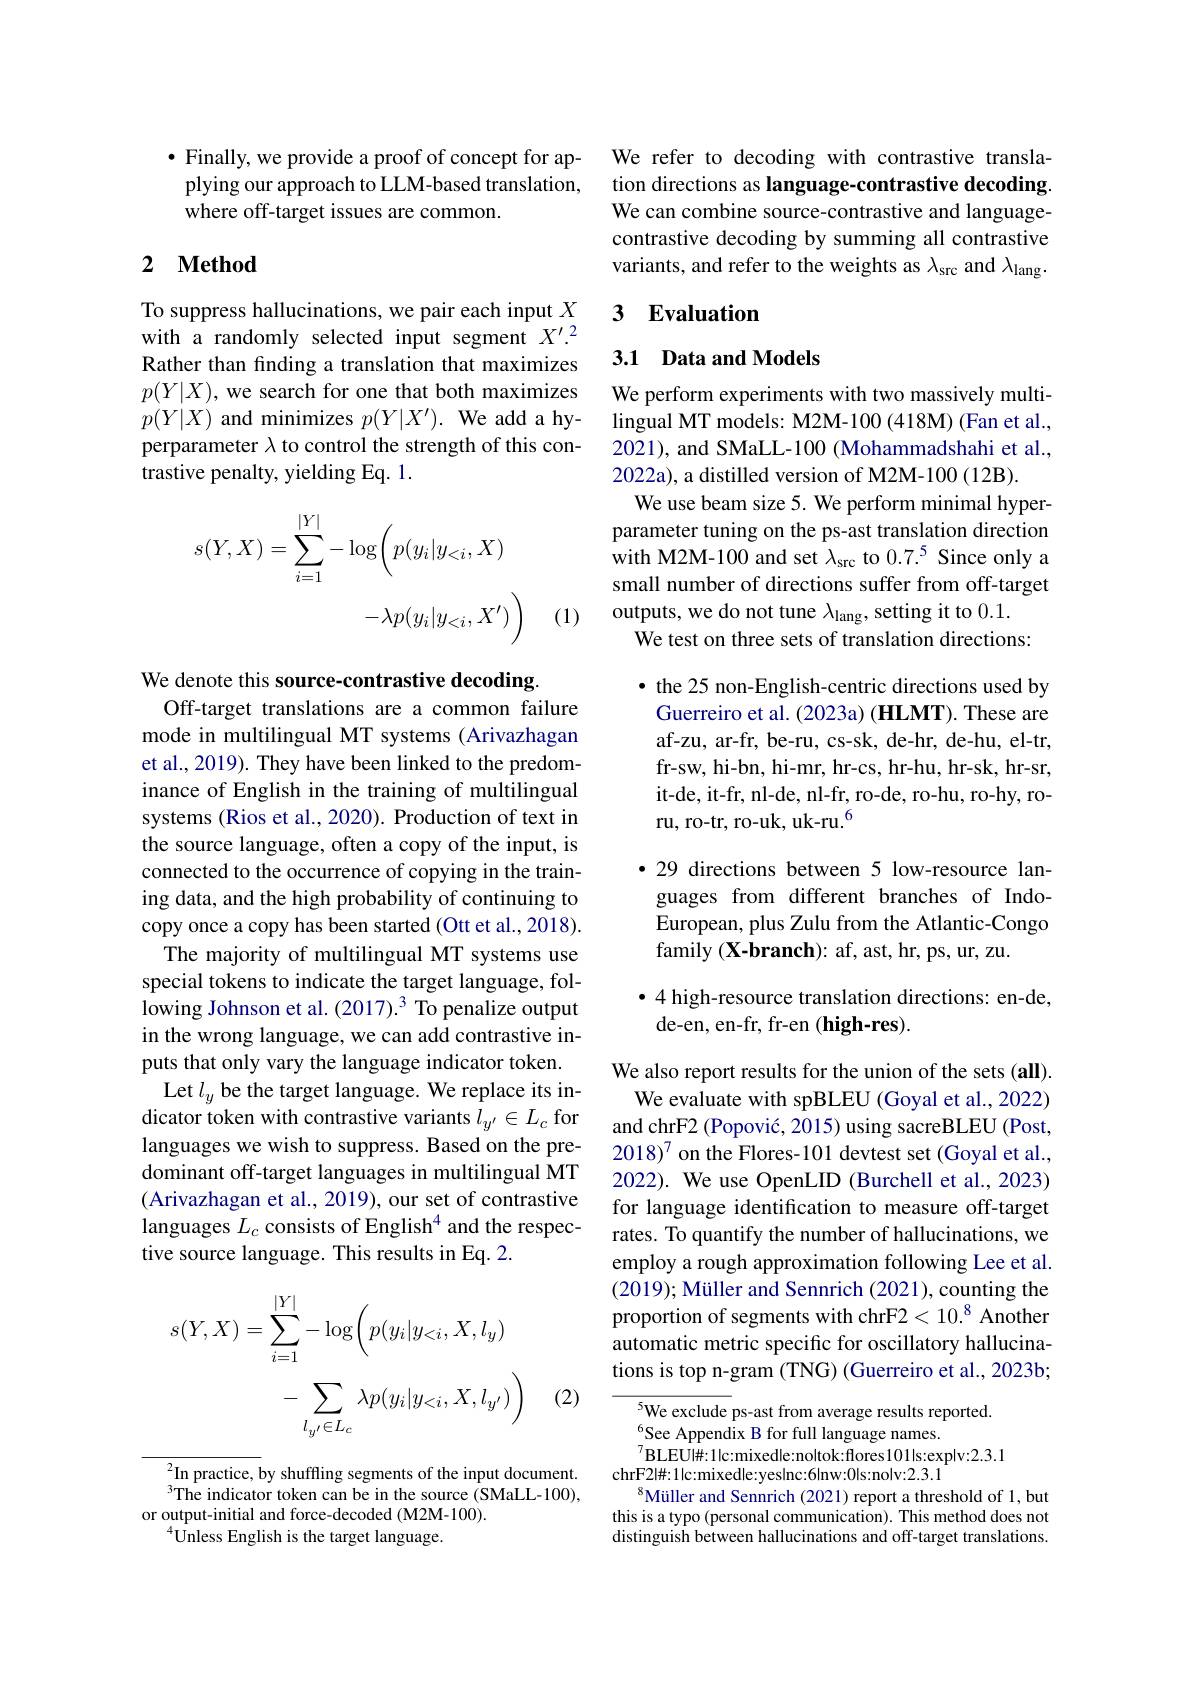
$\bullet$ Finally, we provide a proof of concept for applying our approach to LLM-based translation, where off-target issues are common.

## 2 Method

To suppress hallucinations, we pair each input $X$ with a randomly selected input segment $X^\prime.^2$ Rather than finding a translation that maximizes $p(Y|X)$, we search for one that both maximizes $p(Y|X)$ and minimizes $p( Y| X^\prime ) . \textbf{We add a hy- }$ perparameter $\lambda$ to control the strength of this contrastive penalty, yielding Eq. 1.
$$\begin{aligned}s(Y,X)&=\sum_{i=1}^{|Y|}-\log\biggl(p(y_{i}|y_{<i},X)\\&-\lambda p(y_{i}|y_{<i},X^{\prime})\biggr)\end{aligned}$$
(1)

We denote this source-contrastive decoding.
Off-target translations are a common failure mode in multilingual MT systems (Arivazhagan et al., 2019). They have been linked to the predominance of English in the training of multilingual systems (Rios et al., 2020). Production of text in the source language, often a copy of the input, is connected to the occurrence of copying in the training data, and the high probability of continuing to copy once a copy has been started (Ott et al., 2018).
The majority of multilingual MT systems use special tokens to indicate the target language, following Johnson et al. (2017).^3 To penalize output in the wrong language, we can add contrastive inputs that only vary the language indicator token. Let $l_y$ be the target language. We replace its indicator token with contrastive variants $l_{y^{\prime}}\in L_{c}$ for languages we wish to suppress. Based on the predominant off-target languages in multilingual MT (Arivazhagan et al., 2019), our set of contrastive languages $L_c$ consists of English$^4$ and the respective source language. This results in Eq. 2.
$$\begin{aligned}s(Y,X)&=\sum_{i=1}^{|Y|}-\log\biggl(p(y_{i}|y_{<i},X,l_{y})\\&-\sum_{l_{y'}\in L_{c}}\lambda p(y_{i}|y_{<i},X,l_{y'})\biggr)\end{aligned}$$
(2)

$^{2}$In practice, by shuffling segments of the input document. $^{3}$The indicator token can be in the source (SMaLL-100),
or output-initial and force-decoded (M2M-100).
$^{4}{\overset{4}{\operatorname*{\mathrm{Unless~English~is~the~target~language.}}}}$

We refer to decoding with contrastive translation directions as language-contrastive decoding We can combine source-contrastive and languagecontrastive decoding by summing all contrastive variants, and refer to the weights as $\lambda_\mathrm{src}$ and $\lambda_\mathrm{lang}.$

### 3 $\textbf{Evaluation}$

## 3.1 Data and Models

We perform experiments with two massively multilingual MT models: M2M-100 (418M) (Fan et al., 2021), and SMaLL-100 (Mohammadshahi et al., 2022a), a distilled version of M2M-100 (12B).
We use beam size 5. We perform minimal hyperparameter tuning on the ps-ast translation direction with M2M-100 and set $\lambda_\mathrm{src}$ to $0.7.^5$ Since only a small number of directions suffer from off-target outputs, we do not tune $\lambda_\mathrm{lang}$, setting it to 0.1.
We test on three sets of translation directions:

· the 25 non-English-centric directions used by Guerreiro et al. (2023a) (HLMT). These are af-zu, ar-fr, be-ru, cs-sk, de-hr, de-hu, el-tr, fr-sw, hi-bn, hi-mr, hr-cs, hr-hu, hr-sk, hr-sr, it-de, it-fr, nl-de, nl-fr, ro-de, ro-hu, ro-hy, roru, ro-tr, ro-uk, uk-ru.$^{6}$

$\bullet$ 29 directions between 5 low-resource languages from different branches of IndoEuropean, plus Zulu from the Atlantic-Congo ${\mathrm{family~(X-branch):~af,~ast,~hr,~ps,~ur,~zu.}}$

$\bullet4$ high-resource translation directions: en-de,
de-en, en-fr, fr-en (high-res).

We also report results for the union of the sets (all).
We evaluate with spBLEU (Goyal et al., 2022) and chrF2 (Popović, 2015) using sacreBLEU (Post, $2018)^7 on the Flores-101 devtest set (Goyal et al.$, 2022). We use OpenLID (Burchell et al., 2023) for language identification to measure off-target rates. To quantify the number of hallucinations, we employ a rough approximation following Lee et al. (2019); Müller and Sennrich (2021), counting the proportion of segments with chrF2< 10.$^8$ Another automatic metric specific for oscillatory hallucinations is top n-gram (TNG) (Guerreiro et al., 2023b;

${^{5}\text{We exclude ps-ast from average results reported.}}$
See Appendix B for full language names.
$^{7}\mathbf{BLEUl\#:1|c:mixedle:noltok:flores101|s:exp|v:2.3.1}$
chrF2#:1lc:mixedle:yeslnc:6lnw:0ls:nolv:2.3.1
$^{8}$Müller and Sennrich (2021) report a threshold of 1, but this is a typo (personal communication). This method does not distinguish between hallucinations and off-target translations.